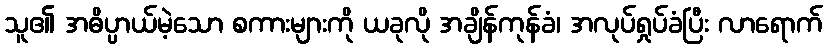
သူ၏ အဓိပ္ပာယ်မဲ့သော စကားများကို ယခုလို အချိန်ကုန်ခံ၊ အလုပ်ရှုပ်ခံပြီး လာရောက်